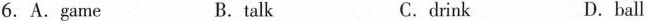
6. A. Game B. talk C. drink D. ball